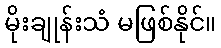
မိုးချုန်းသံ မဖြစ်နိုင်။